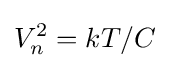
V_{n}^{2}=kT/C